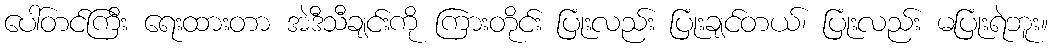
ပေါ်တင်ကြီး ရေးထားတာ အဲဒီသီချင်းကို ကြားတိုင်း ပြုံးလည်း ပြုံးချင်တယ်၊ ပြုံးလည်း မပြုံးရဲဘူး။